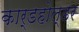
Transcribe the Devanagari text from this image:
कार्डहोल्डर